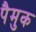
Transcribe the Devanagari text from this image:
पैमुक